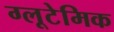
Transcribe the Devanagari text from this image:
ग्लूटेमिक